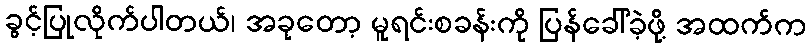
ခွင့်ပြုလိုက်ပါတယ်၊ အခုတော့ မူရင်းစခန်းကို ပြန်ခေါ်ခဲ့ဖို့ အထက်က